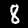
Label: 8